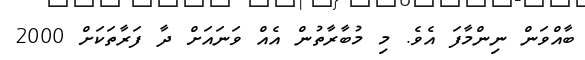
ބާއްވަން ނިންމާފަ އެވެ. މި މުބާރާތުން އެއް ވަނައަށް ދާ ފަރާތަކަށް 2000